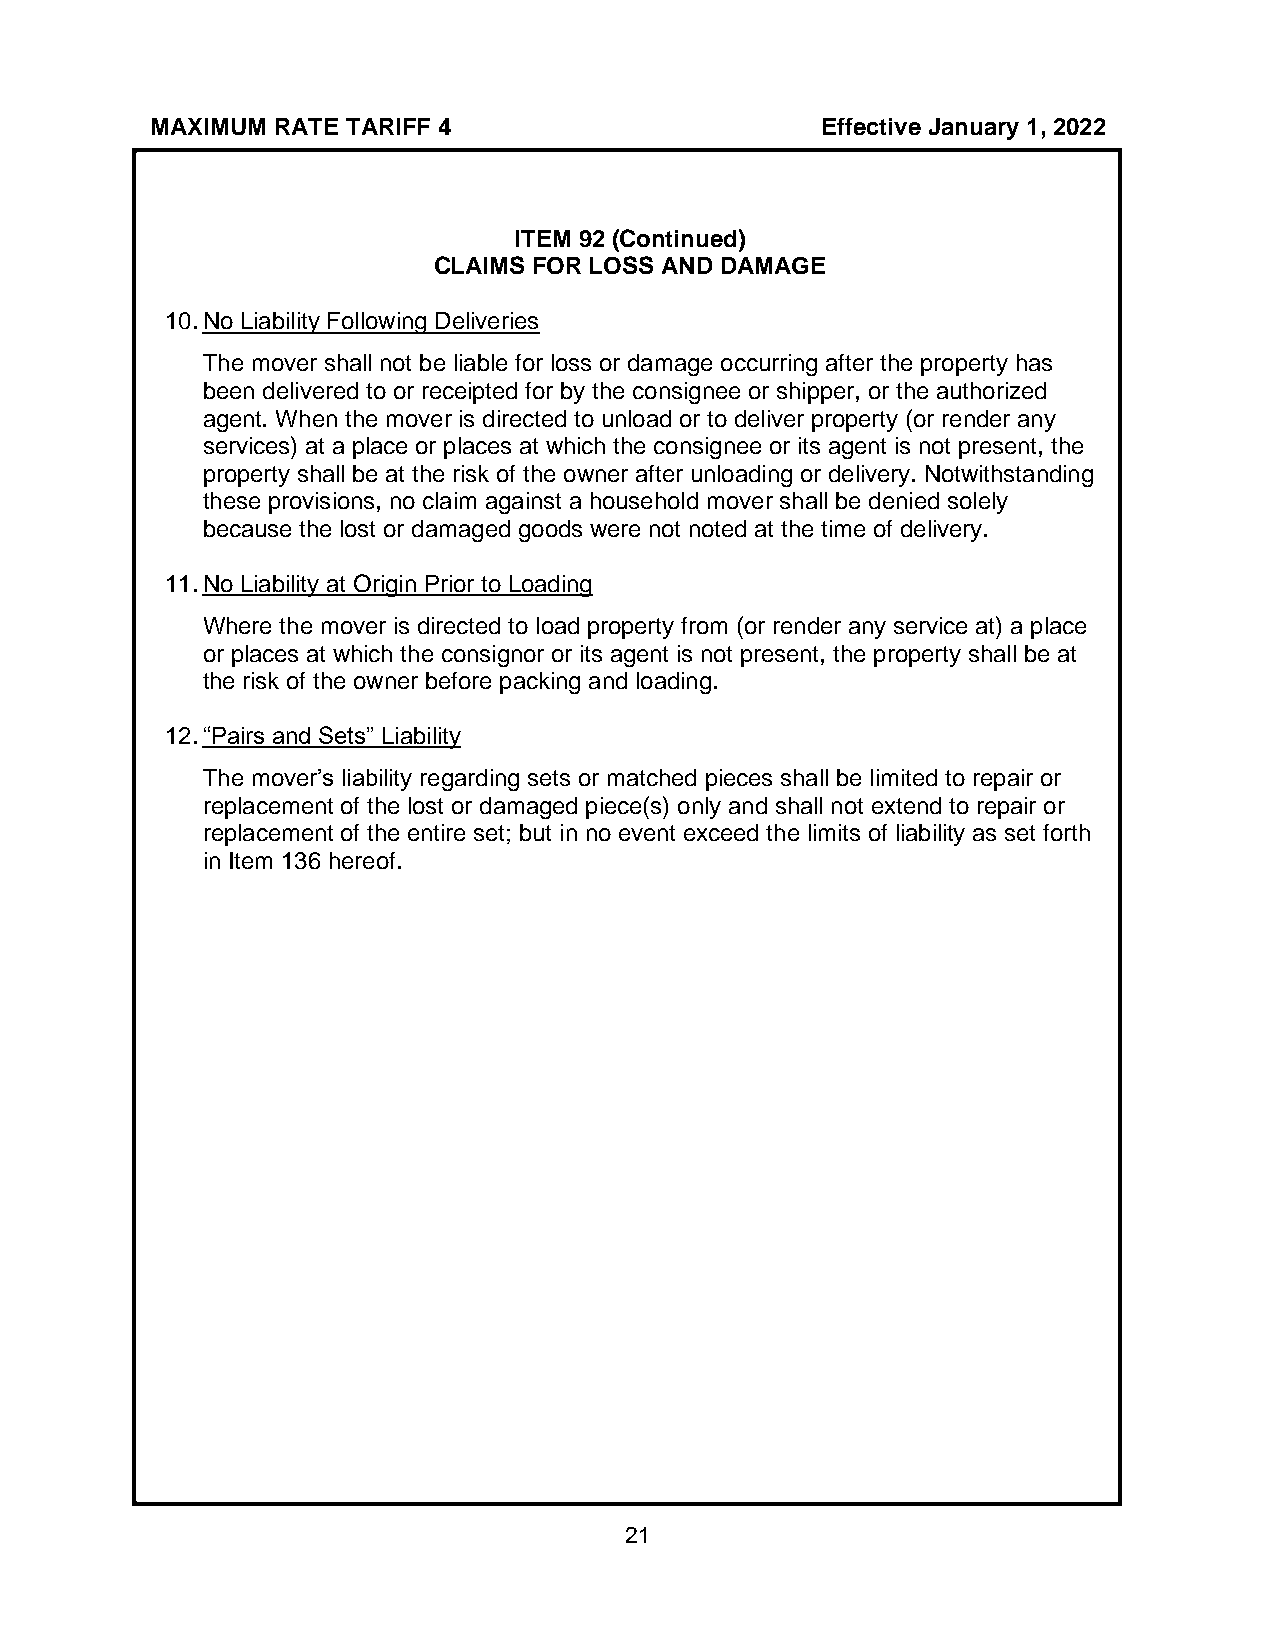
MAXIMUM RATE TARIFF 4                       Effective January 1, 2022
 ITEM 92 (Continued)
 CLAIMS FOR LOSS AND DAMAGE
 10. No Liability Following Deliveries
 The mover shall not be liable for loss or damage occurring after the property has
 been delivered to or receipted for by the consignee or shipper, or the authorized
 agent. When the mover is directed to unload or to deliver property (or render any
 services) at a place or places at which the consignee or its agent is not present, the
 property shall be at the risk of the owner after unloading or delivery. Notwithstanding
 these provisions, no claim against a household mover shall be denied solely
 because the lost or damaged goods were not noted at the time of delivery.
 11. No Liability at Origin Prior to Loading
 Where the mover is directed to load property from (or render any service at) a place
 or places at which the consignor or its agent is not present, the property shall be at
 the risk of the owner before packing and loading.
 12. “Pairs and Sets” Liability
 The mover’s liability regarding sets or matched pieces shall be limited to repair or
 replacement of the lost or damaged piece(s) only and shall not extend to repair or
 replacement of the entire set; but in no event exceed the limits of liability as set forth
 in Item 136 hereof.
 21